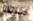
بدلتك